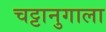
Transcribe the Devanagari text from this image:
चट्टानुगाला